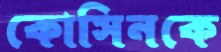
কোসিনকে